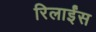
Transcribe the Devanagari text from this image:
रिलाईंस